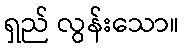
ရှည် လွန်းသော။